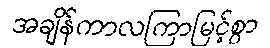
အချိန်ကာလကြာမြင့်စွာ